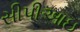
સીપીઆઇ